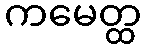
ကမေတ္ထ